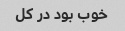
خوب بود در کل